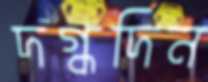
দগ্ধদিন